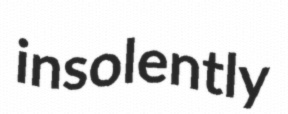
insolently